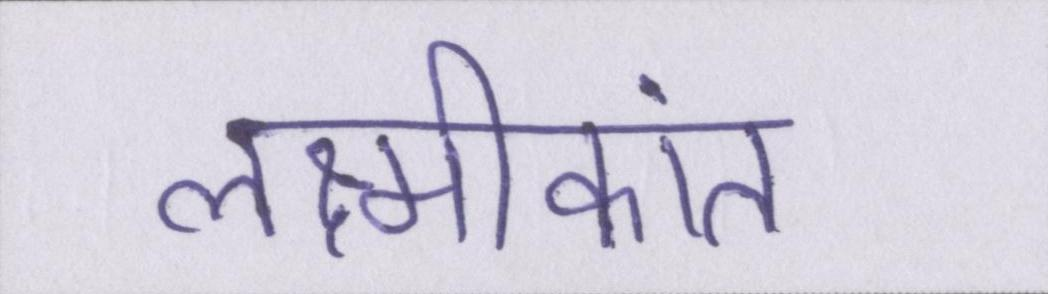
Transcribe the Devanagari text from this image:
लक्ष्मीकांत